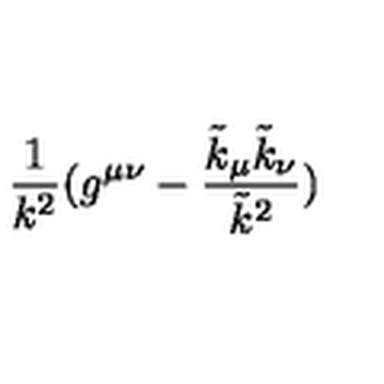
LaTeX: \frac { 1 } { k ^ { 2 } } ( g ^ { \mu \nu } - \frac { \tilde { k } _ { \mu } \tilde { k } _ { \nu } } { \tilde { k } ^ { 2 } } )